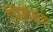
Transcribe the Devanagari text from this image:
प्रिशक्षण